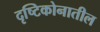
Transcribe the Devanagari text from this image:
दृष्टिकोनातील